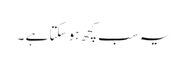
یہ سب کچھ ہو سکتا ہے ۔